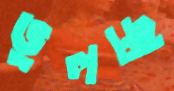
ভুলচ্ছ